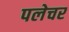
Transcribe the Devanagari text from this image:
पलेचर